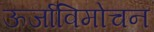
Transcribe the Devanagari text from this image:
ऊर्जाविमोचन